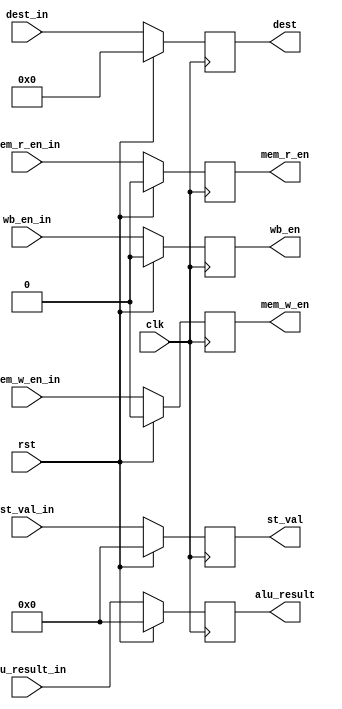
module EXEC_Stage_Reg (
	input clk, rst,
	input wb_en_in, mem_r_en_in, mem_w_en_in,
	input[31:0] alu_result_in, st_val_in,
	input[3:0] dest_in,

	output reg wb_en, mem_r_en, mem_w_en,
	output reg[31:0] alu_result, st_val,
	output reg[3:0] dest
);
	always @ (posedge clk) begin
	    if (rst) begin
	      {wb_en, mem_r_en, mem_w_en, alu_result, st_val, dest} <= 0;
	    end
	    else begin
   			wb_en <= wb_en_in; 
   			mem_r_en <= mem_r_en_in; 
   			mem_w_en <= mem_w_en_in; 
   			alu_result <= alu_result_in; 
   			st_val <= st_val_in; 
   			dest <= dest_in; 
	    end
	end
endmodule